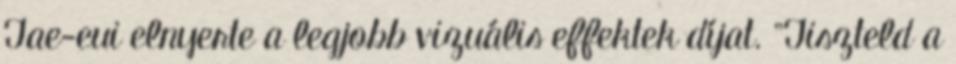
Tae-eui elnyerte a legjobb vizuális effektek díjat. "Tiszteld a